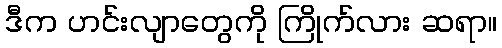
ဒီက ဟင်းလျာတွေကို ကြိုက်လား ဆရာ။